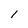
Character: 1